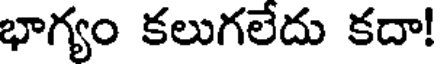
భాగ్యం కలుగలేదు కదా!